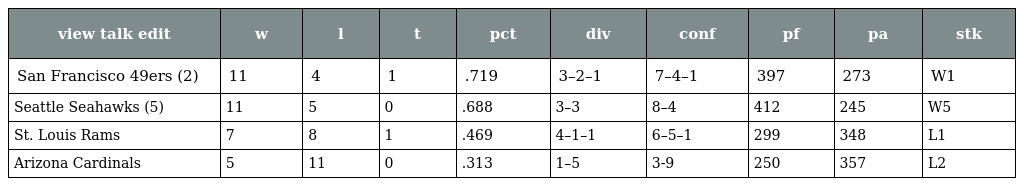
| view talk edit | w | l | t | pct | div | conf | pf | pa | stk |
 | --- | --- | --- | --- | --- | --- | --- | --- | --- | --- |
 | San Francisco 49ers (2) | 11 | 4 | 1 | .719 | 3–2–1 | 7–4–1 | 397 | 273 | W1 |
 | Seattle Seahawks (5) | 11 | 5 | 0 | .688 | 3–3 | 8–4 | 412 | 245 | W5 |
 | St. Louis Rams | 7 | 8 | 1 | .469 | 4–1–1 | 6–5–1 | 299 | 348 | L1 |
 | Arizona Cardinals | 5 | 11 | 0 | .313 | 1–5 | 3-9 | 250 | 357 | L2 |